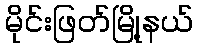
မိုင်းဖြတ်မြို့နယ်